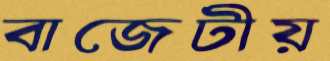
বাজেটীয়